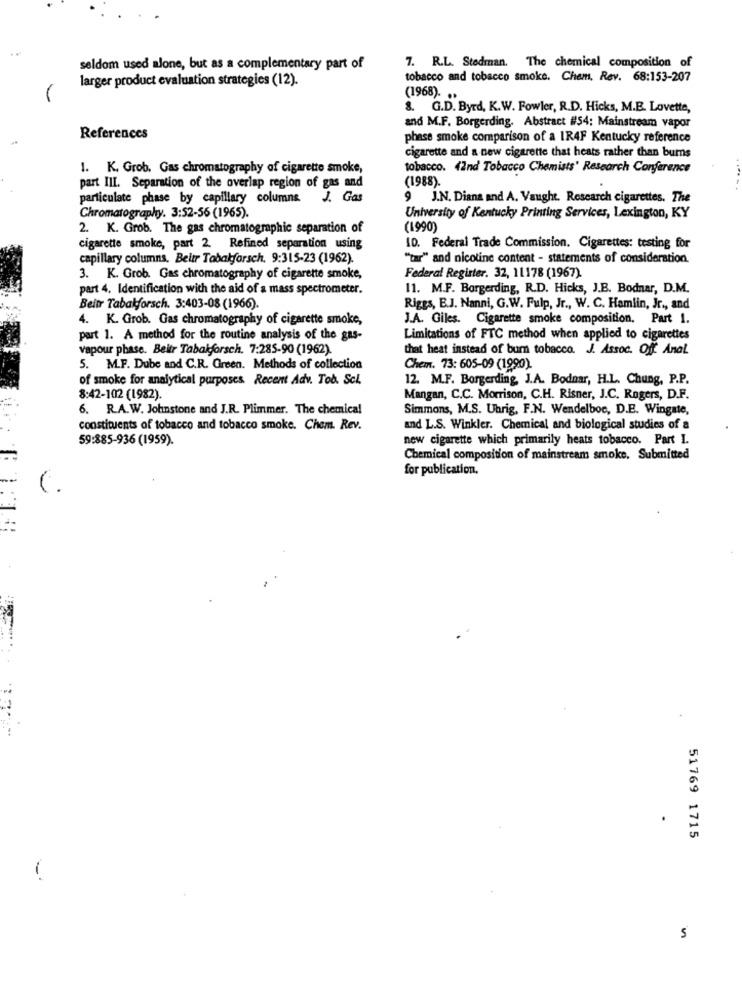
7. R.L. Stedman. The chemical composition of
seldom used alone, but as a complementary part of
larger product evaluation strategies (12).
tobacco and tobacco smoke. Chem, Rev. 68:153-207
(1968). ..
8. G.D. Byrd, K.W. Fowler, R.D. Hicks, M.B. Lovette,
and M.F. Borgerding. Abstract #54; Mainstream vapor
References
phase smoke comparison of a IR4F Kentucky reference
cigarette and a new cigarette that heats rather than burns
1. K. Grob. Gas chromatography of cigarette smoke,
tobacco. (2nd Tobacco Chemists' Research Conference
part III. Separation of the overlap region of gas and
(1988).
particulate phase by capillary columns
J. Gas
9 J.N. Diana and A. Vaught. Research cigarettes. The
Chromatography. 3:52-56 (1965).
University of Kentucky Printing Services, Lexington, KY
2. K. Grob. The gas chromatographic separation of
(1990)
cigarette smoke, part 2. Refined separation using
10. Federal Trade Commission. Cigarettes: testing for
capillary columns. Beltr Tabakforsch. 9:315-23 (1962).
"tar" and nicotine content - statements of consideration.
3. K. Grob. Gas chromatography of cigarette smoke,
Federal Register. 32, 11178 (1967).
part 4. Identification with the aid of a mass spectrometer.
11. M.F. Borgerding, R.D. Hicks, J.B. Bodnar, D.M.
Beitr Tabakyforsch. 3:403-08 (1966).
Riggs, B.J. Nanni, G.W. Pulp, Jr ., W. C. Hamlin, Jr ., and
4. K. Grob. Gas chromatography of cigarette smoke,
J.A. Giles. Cigarette smoke composition. Part 1.
part 1. A method for the routine analysis of the gas-
Limitations of FTC method when applied to cigarettes
vapour phase. Beitr Tabalyforsch. 7:285-90 (1962).
that heat instead of burn tobacco. J. Assoc. Off Anal.
5. M.F. Dube and C.R. Green. Methods of collection
Chem. 73: 605-09 (1990).
of smoke for analytical purposes Recent Adv. Tob. Scl.
12. M.F. Borgerding, J.A. Bodnar, H.L. Chung, P.P.
8:42-102 (1982).
Mangan, C.C. Morrison, C.H. Risner, J.C. Rogers, D.F.
6. R.A.W. Johnstone and J.R. Plimmer. The chemical
Simmons, M.S. Ubrig, F.N. Wendelboe, D.E. Wingate,
constituents of tobacco and tobacco smoke. Chem. Rev.
and L.S. Winkler. Chemical and biological studies of a
59:885-936 (1959).
new cigarette which primarily heats tobacco. Part I.
Chemical composition of mainstream smoke. Submitted
for publication.
(.
51769 1715
5